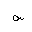
Letter: _sin